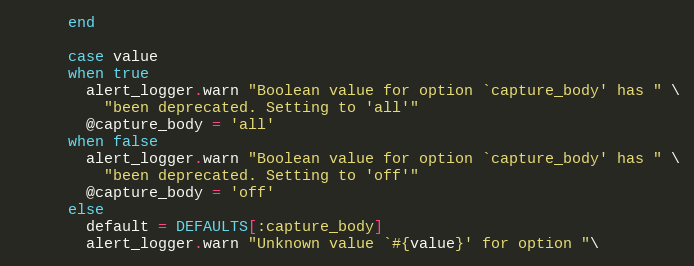
Language: Ruby
      end

      case value
      when true
        alert_logger.warn "Boolean value for option `capture_body' has " \
          "been deprecated. Setting to 'all'"
        @capture_body = 'all'
      when false
        alert_logger.warn "Boolean value for option `capture_body' has " \
          "been deprecated. Setting to 'off'"
        @capture_body = 'off'
      else
        default = DEFAULTS[:capture_body]
        alert_logger.warn "Unknown value `#{value}' for option "\